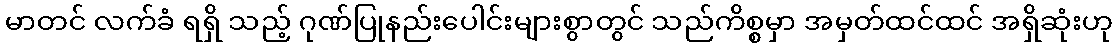
မာတင် လက်ခံ ရရှိ သည့် ဂုဏ်ပြုနည်းပေါင်းများစွာတွင် သည်ကိစ္စမှာ အမှတ်ထင်ထင် အရှိဆုံးဟု